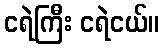
ငရဲကြီး ငရဲငယ်။